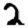
Digit: 2